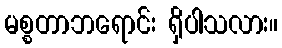
မစ္စတာဘရောင်း ရှိပါသလား။